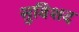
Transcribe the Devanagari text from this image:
सुविशद